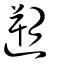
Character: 遡